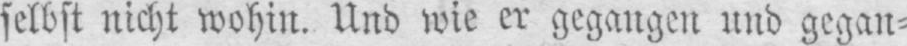
selbst nicht wohin. Und wie er gegangen und gegan⸗